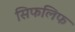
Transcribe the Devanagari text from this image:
सिफलिफ